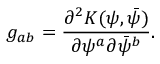
g _ { a b } = { \frac { \partial ^ { 2 } K ( \psi , \bar { \psi } ) } { \partial \psi ^ { a } \partial \bar { \psi } ^ { b } } } .